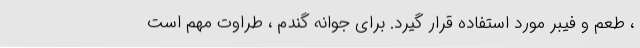
، طعم و فیبر مورد استفاده قرار گیرد. برای جوانه گندم ، طراوت مهم است